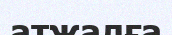
атжалға